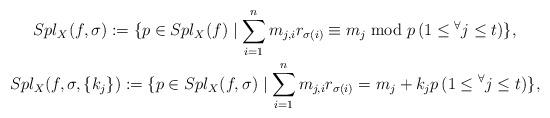
LaTeX: \begin{gather*}Spl_X(f,\sigma):= \{ p\in Spl_X(f)\mid\sum_{i=1}^nm_{j,i}r_{\sigma(i)}\equiv m_j\bmod p\,(1\le{}^\forall j\le t)\},\\Spl_X(f,\sigma,\{k_j\}):= \{ p\in Spl_X(f,\sigma)\mid\sum_{i=1}^n m_{j,i}r_{\sigma(i)}=m_j+k_jp\,(1\le{}^\forall j\le t)\},\end{gather*}